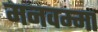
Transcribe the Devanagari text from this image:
मनवम्मा